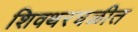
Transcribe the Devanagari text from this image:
शिवथरघळीत